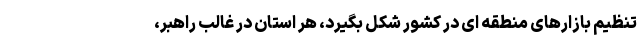
تنظیم بازارهای منطقه ای در کشور شکل بگیرد، هر استان در غالب راهبر،